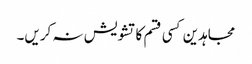
مجاہدین کسی قسم کا تشویش نہ کریں۔